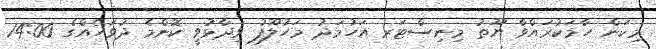
މިކަން ހާމަކުރައްވާ ޔޫތު މިނިސްޓަރ އަހުމަދު މަހުލޫފު ވިދާޅުވީ ކޮންމެ ދުވަހެއްގެ 14:00